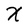
Character: X